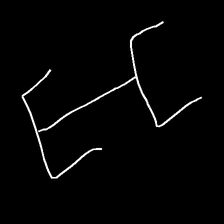
Glyph: entwine